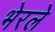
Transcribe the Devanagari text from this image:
भेरले